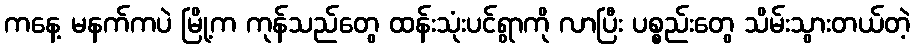
ကနေ့ မနက်ကပဲ မြို့က ကုန်သည်တွေ ထန်းသုံးပင်ရွာကို လာပြီး ပစ္စည်းတွေ သိမ်းသွားတယ်တဲ့